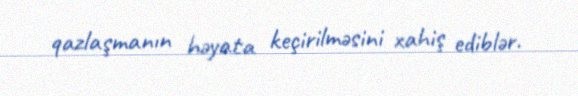
qazlaşmanın həyata keçirilməsini xahiş ediblər.